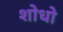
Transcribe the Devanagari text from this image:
शोधो